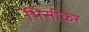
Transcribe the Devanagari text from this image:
भिसीकर